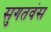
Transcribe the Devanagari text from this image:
सुगतवंस